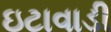
ઇટાવાડી